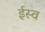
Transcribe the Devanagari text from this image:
ईस्व